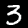
Label: 3